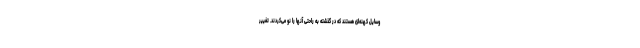
وسایل کهنه‌ای هستند که در گذشته به راحتی آنها را نو می‌کردند. تغییر